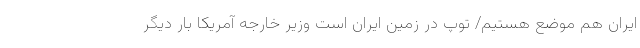
ایران هم موضع هستیم/ توپ در زمین ایران است وزیر خارجه آمریکا بار دیگر